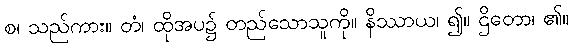
စ၊ သည်ကား။ တံ၊ ထိုအပ၌ တည်သောသူကို။ နိဿာယ၊ ၍။ ဌိတော၊ ၏။